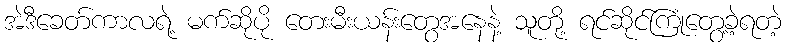
အဲဒီခေတ်ကာလရဲ့ မက်ဆိုပို တေးမီးယန်းတွေအနေနဲ့ သူတို့ ရင်ဆိုင်ကြုံတွေ့ခဲ့ရတဲ့